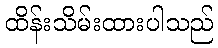
ထိန်းသိမ်းထားပါသည်